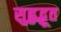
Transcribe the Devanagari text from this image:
सुहृद्भूत